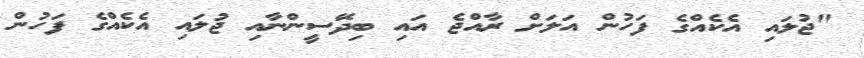
"ޖުލައި އެކެއްގެ ފަހުން އަލަށް ރާއްޖެ އައި ބިދޭަސީންނާއި ޖުލައި އެކެއްގެ ފަހުން